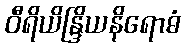
ဝီရိယိန္ဒြိယနိရောဓံ